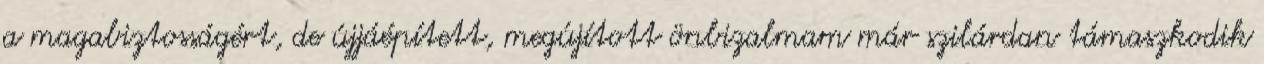
a magabiztosságért, de újjáépített, megújított önbizalmam már szilárdan támaszkodik